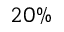
2 0 \%